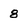
Character: 8